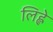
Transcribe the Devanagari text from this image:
लिह्ले